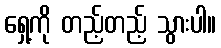
ရှေ့ကို တည့်တည့် သွားပါ။